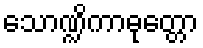
သောဏ္ဍိကာဓုတ္တော